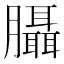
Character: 𦣀